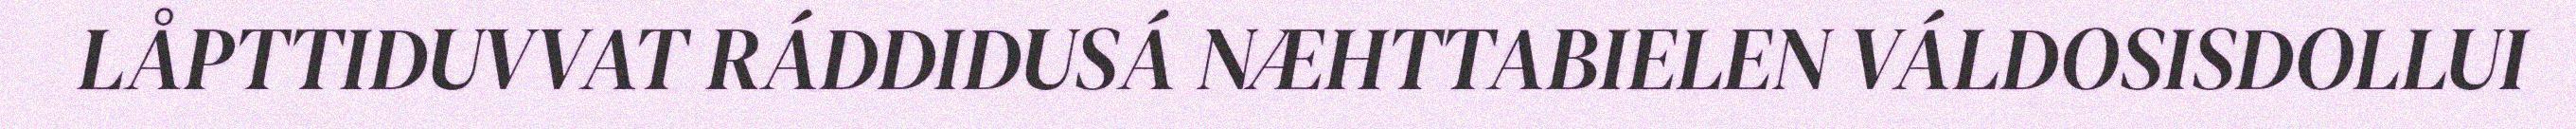
LÅPTTIDUVVAT RÁDDIDUSÁ NÆHTTABIELEN VÁLDOSISDOLLUI